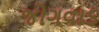
જોગવાડ